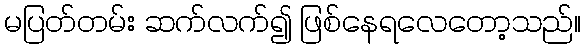
မပြတ်တမ်း ဆက်လက်၍ ဖြစ်နေရလေတော့သည်။